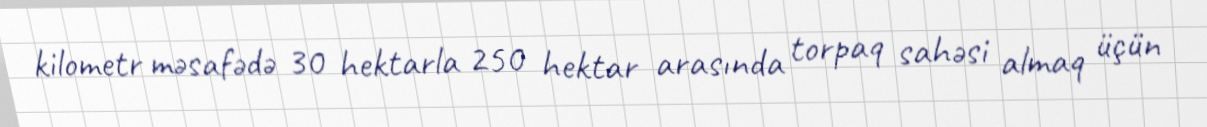
kilometr məsafədə 30 hektarla 250 hektar arasında torpaq sahəsi almaq üçün